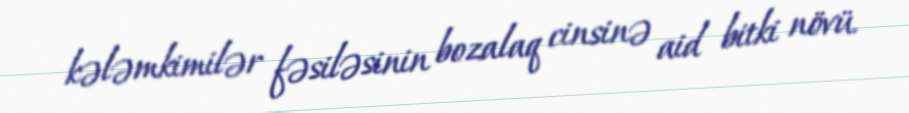
kələmkimilər fəsiləsinin bozalaq cinsinə aid bitki növü.